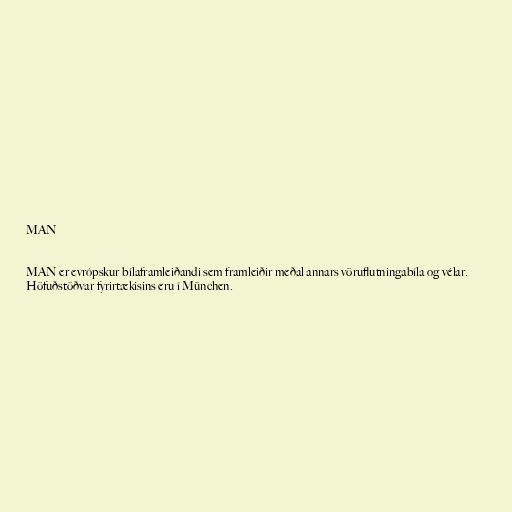
MAN

MAN er evrópskur bílaframleiðandi sem framleiðir meðal annars vöruflutningabíla og vélar.
Höfuðstöðvar fyrirtækisins eru í München.